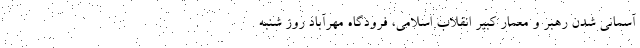
آسمانی شدن رهبر و معمار کبیر انقلاب اسلامی، فرودگاه مهرآباد روز شنبه